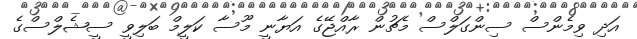
އަދި ވިމެންސް ސިންގަލްސް މެޗުން ރާއްޖޭގެ އަޔާނީ މޫސާ ކަލީމް ބަލިވީ ސީޝެލްސްގެ